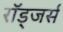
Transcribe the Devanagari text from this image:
रॉड्जर्स